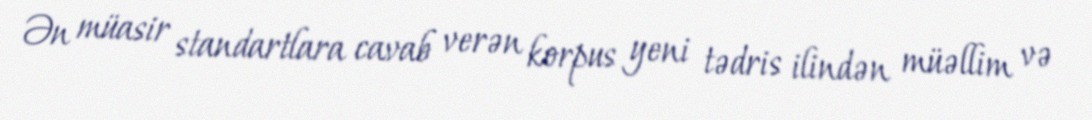
Ən müasir standartlara cavab verən korpus yeni tədris ilindən müəllim və